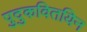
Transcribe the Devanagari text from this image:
पुदुकवितयिन